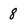
Character: 8